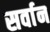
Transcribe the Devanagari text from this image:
सर्वान